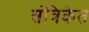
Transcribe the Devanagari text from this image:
संत्रिकेत